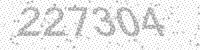
Solution: 227304